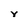
Character: Y